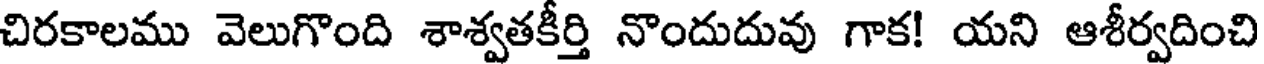
చిరకాలము వెలుగొంది శాశ్వతకీర్తి నొందుదువు గాక! యని ఆశీర్వదించి